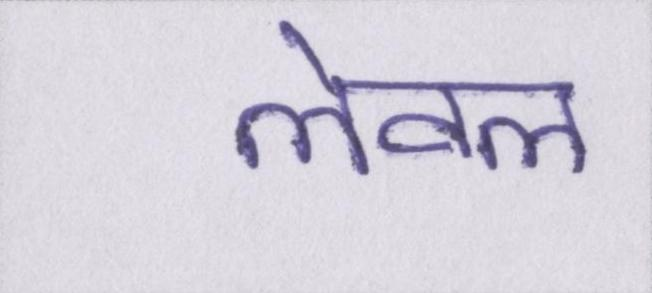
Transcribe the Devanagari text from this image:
लेवल